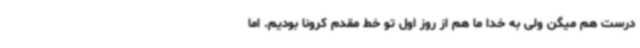
درست هم میگن ولی به خدا ما هم از روز اول تو خط مقدم کرونا بودیم. اما